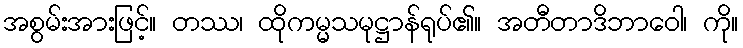
အစွမ်းအားဖြင့်။ တဿ၊ ထိုကမ္မသမုဋ္ဌာန်ရုပ်၏။ အတီတာဒိဘာဝေါ၊ ကို။